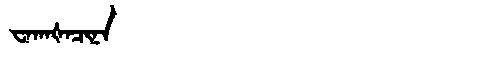
Manchu: ᠸᠠᡴᠠᡧᠠᠴᡳᠨᠠ
Romanization: WAKAŠACINA